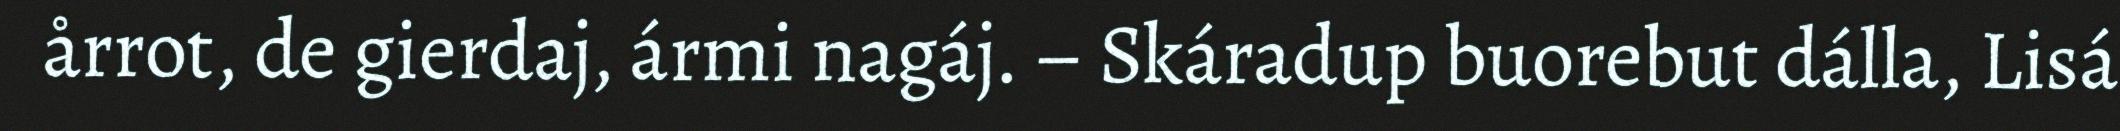
årrot, de gierdaj, ármi nagáj. – Skáradup buorebut dálla, Lisá